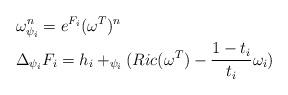
LaTeX: \begin{align*}&\omega_{\psi_i}^n=e^{F_i}(\omega^T)^n\\&\Delta_{\psi_i} F_i=h_i+_{\psi_i}(Ric(\omega^T)-\frac{1-t_i}{t_i}\omega_i)\end{align*}